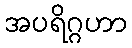
အပရိဂ္ဂဟာ